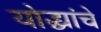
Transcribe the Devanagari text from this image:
योद्ध्यांचे